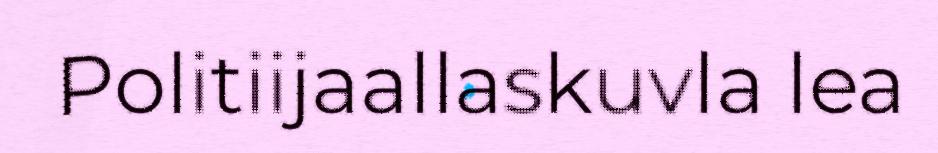
Politiijaallaskuvla lea